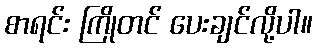
စာရင်း ကြိုတင် ပေးချင်လို့ပါ။